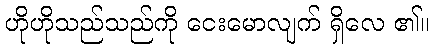
ဟိုဟိုသည်သည်ကို ငေးမောလျက် ရှိလေ ၏။